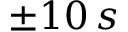
\pm 1 0 \, s